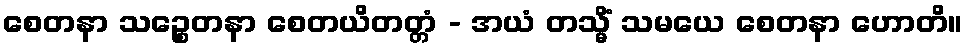
စေတနာ သဉ္စေတနာ စေတယိတတ္တံ - အယံ တသ္မိံ သမယေ စေတနာ ဟောတိ။